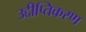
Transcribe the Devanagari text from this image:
उद्दीप्तिकरण